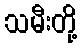
သမီးတို့